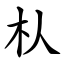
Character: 朲